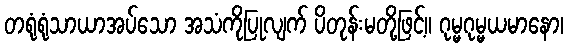
တရုံရုံသာယာအပ်သော အသံကိုပြုလျက် ပိတုန်းမတို့ဖြင့်။ ဂုမ္မဂုမ္မယမာနော၊